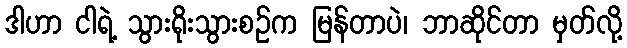
ဒါဟာ ငါရဲ့ သွားရိုးသွားစဉ်က မြန်တာပဲ၊ ဘာဆိုင်တာ မှတ်လို့